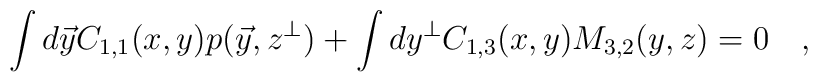
\int d\vec{y}C_{1,1}(x, y)p( \vec{y}, z^{\bot})+\int dy^\bot C_{1,3}(x, y) M_{3,2}(y, z)=0 \quad,